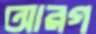
আরগ